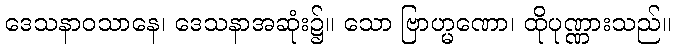
ဒေသနာဝသာနေ၊ ဒေသနာအဆုံး၌။ သော ဗြာဟ္မဏော၊ ထိုပုဏ္ဏားသည်။